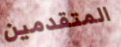
المتقدمين